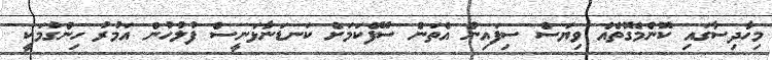
މިހާދިސާގައި ކޮންމެގޮތެއް ވިޔަސް ސިފައިން އެތަން ސޭފްކަމަށް ކަނޑަނާޅަނީސް ފުލުހުން އަމުރު ހިންގުމަކީ